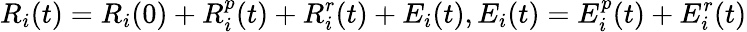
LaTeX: R_{i}(t)=R_{i}(0)+R_{i}^{p}(t)+R_{i}^{r}(t)+E_{i}(t),E_{i}(t)=E_{i}^{p}(t)+E_{i}^{r}(t)